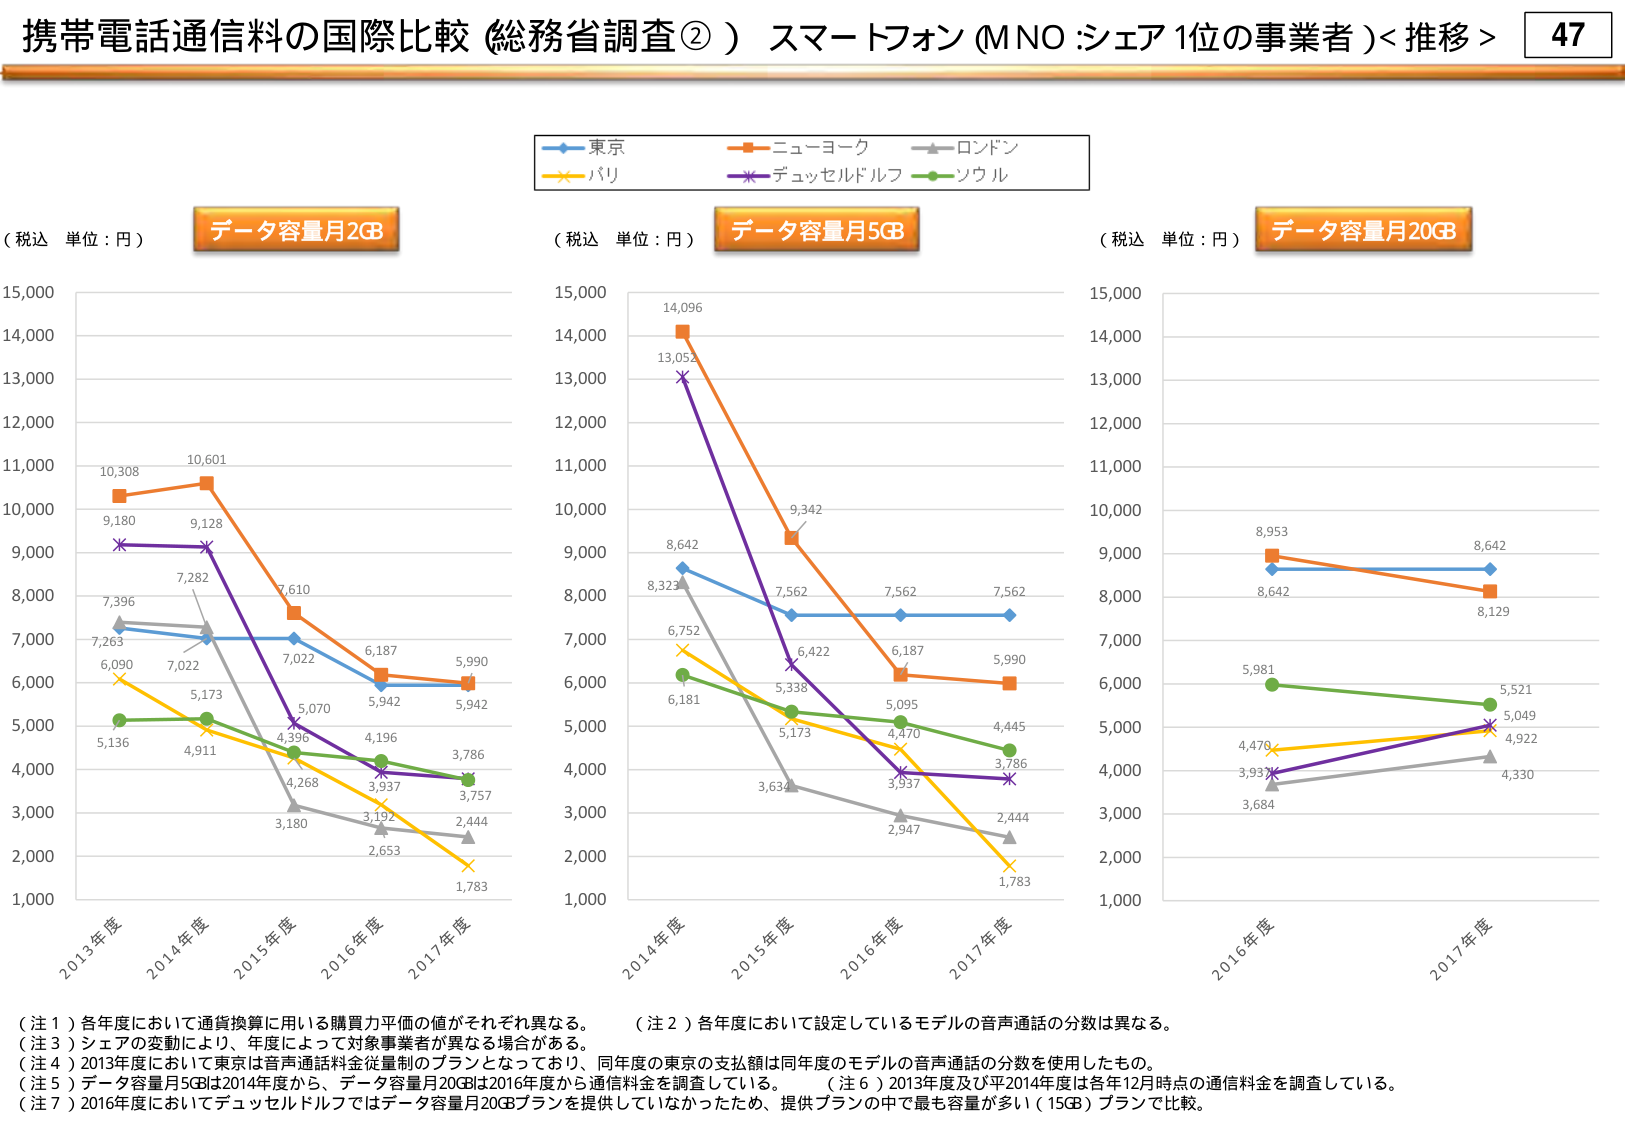
携帯電話通信料の国際比較（総務省調査②） スマートフォン（MNO：シェア1位の事業者）＜推移＞ 47

（税込 単位：円） データ容量月2GB
（税込 単位：円） データ容量月5GB
（税込 単位：円） データ容量月20GB

東京
ニューヨーク
ロンドン
パリ
デュッセルドルフ
ソウル

10,308
10,601
9,180
9,128
7,396
7,263
6,090
5,136
7,728
7,022
5,173
4,911
5,070
4,396
4,268
3,180
6,187
5,942
5,990
5,942
4,196
3,937
3,786
3,757
2,653
2,444
1,783

14,096
13,052
8,642
8,323
6,752
6,181
9,342
7,562
7,562
7,562
6,422
5,338
5,173
3,634
5,095
4,470
3,937
2,947
5,990
4,445
3,786
2,444
1,783

8,953
8,642
8,642
8,129
5,981
5,521
4,470
3,937
3,684
5,049
4,922
4,330

2013年度
2014年度
2015年度
2016年度
2017年度

（注1）各年度において通貨換算に用いる購買力平価の値がそれぞれ異なる。
（注2）各年度において設定しているモデルの音声通話の分数は異なる。
（注3）シェアの変動により、年度によって対象事業者が異なる場合がある。
（注4）2013年度において東京は音声通話料金従量制のプランとなっており、同年度の東京の支払額は同年度のモデルの音声通話の分数を使用したもの。
（注5）データ容量月5GBは2014年度から、データ容量月20GBは2016年度から通信料金を調査している。
（注6）2013年度及び平2014年度は各年12月時点の通信料金を調査している。
（注7）2016年度においてデュッセルドルフではデータ容量月20GBプランを提供していなかったため、提供プランの中で最も容量が多い（15GB）プランで比較。